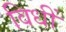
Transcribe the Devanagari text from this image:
विधीं